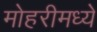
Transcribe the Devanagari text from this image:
मोहरीमध्ये